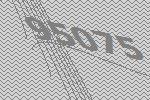
95075